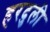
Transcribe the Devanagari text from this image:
हरदुली